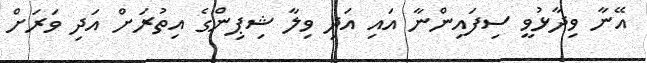
އޭނާ ވިދާޅުވީ ސިފައިންނާ އައި އަދި ވިލާ ޝިޕިންގެ އިތުރަށް އަދި ވަރަށް